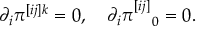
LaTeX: \partial _ { i } \pi ^ { [ i j ] k } = 0 , \quad \partial _ { i } \pi _ { \ \ \ 0 } ^ { [ i j ] } = 0 .